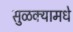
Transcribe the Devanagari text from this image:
सुळक्यामधे